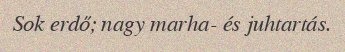
Sok erdő; nagy marha- és juhtartás.